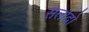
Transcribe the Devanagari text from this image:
सलादो